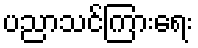
ပညာသင်ကြားရေး